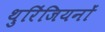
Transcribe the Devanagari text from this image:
थुरिंजियनों